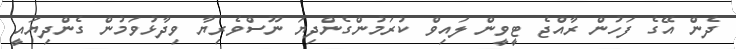
ދެން އޭގެ ފަހުން ރާއްޖެ ޓީވީން ލައިވް ކުރަމުންގެންދިޔަ ނޫސްވެރިޔާ ވިދާޅުވަމުން ގެންދިޔައީ